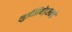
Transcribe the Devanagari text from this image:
लुईझियेड्सकडे